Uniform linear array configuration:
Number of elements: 16
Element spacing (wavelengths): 1
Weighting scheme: hann
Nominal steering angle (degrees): -60
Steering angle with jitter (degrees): -58.918
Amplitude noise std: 0.05
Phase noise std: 0.05

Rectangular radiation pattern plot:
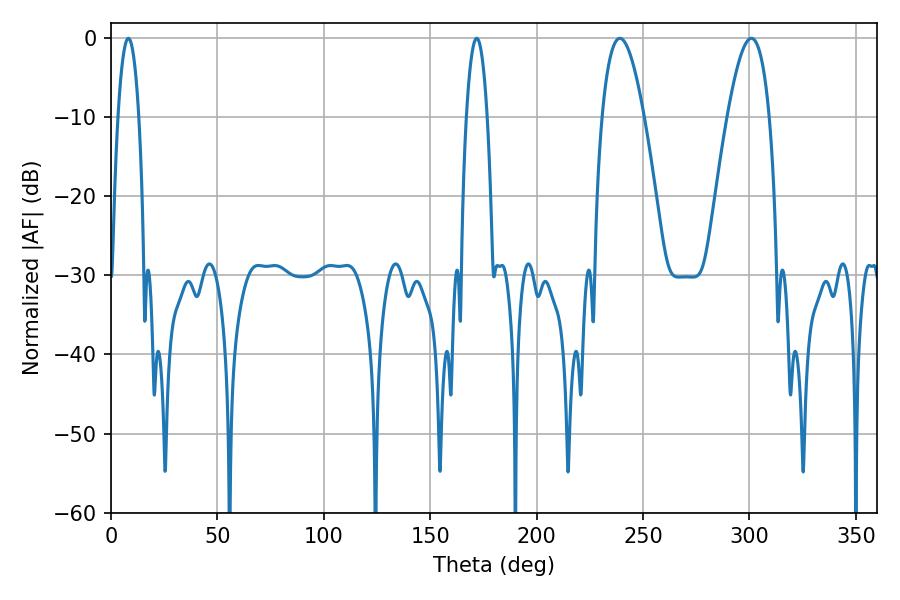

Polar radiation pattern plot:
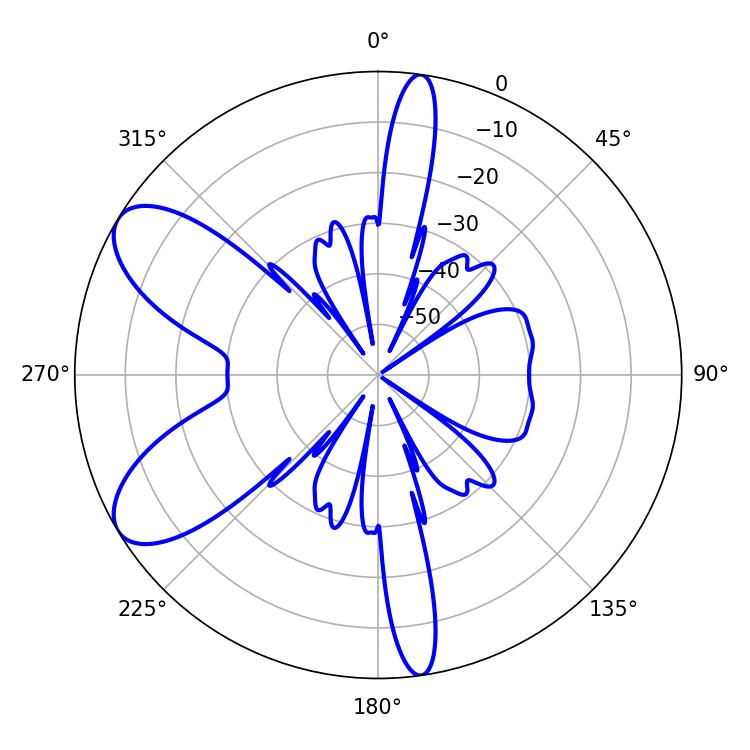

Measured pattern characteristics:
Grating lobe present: TRUE
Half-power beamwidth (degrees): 10.8
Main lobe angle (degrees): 239.04